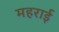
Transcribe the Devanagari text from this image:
महराई